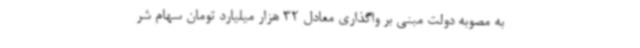
به مصوبه دولت مبنی بر واگذاری معادل 32 هزار میلیارد تومان سهام شر